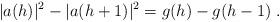
LaTeX: \begin{align*}\vert a(h) \vert^2 - \vert a(h+1) \vert^2 = g(h) - g(h-1) ~.\end{align*}